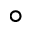
^ \circ